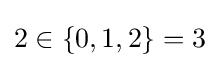
2\in \{0,1,2\}=3